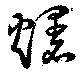
爆